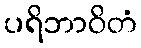
ပရိဘာဝိတံ